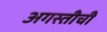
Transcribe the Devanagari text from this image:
अगस्तीची